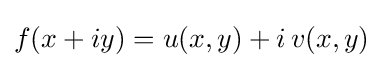
f(x+iy)=u(x,y)+i\,v(x,y)